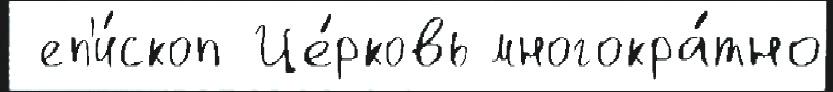
 еп'и́скоп Це́рковь многокра́тно